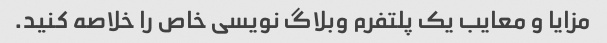
مزایا و معایب یک پلتفرم وبلاگ نویسی خاص را خلاصه کنید.